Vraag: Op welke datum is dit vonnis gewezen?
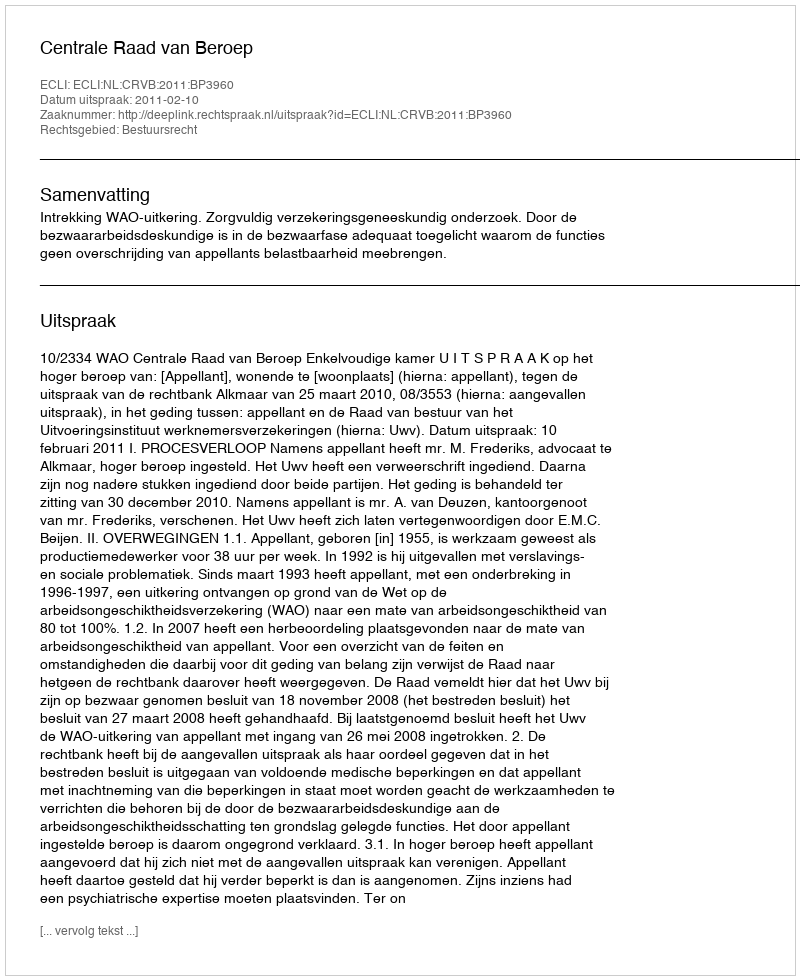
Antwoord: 2011-02-10